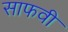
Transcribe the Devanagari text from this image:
साफवी